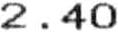
2.40